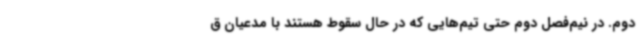
دوم. در نیم‌فصل دوم حتی تیم‌هایی که در حال سقوط هستند با مدعیان ق